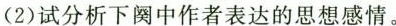
(2)试分析下阕中作者表达的思想感情。